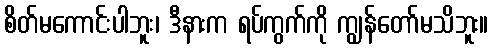
စိတ်မကောင်းပါဘူး၊ ဒီနားက ရပ်ကွက်ကို ကျွန်တော်မသိဘူး။